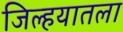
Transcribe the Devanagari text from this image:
जिल्हयातला